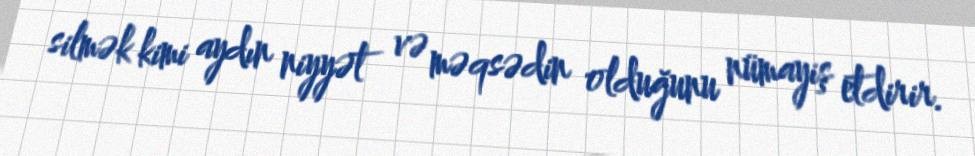
silmək kimi aydın niyyət və məqsədin olduğunu nümayiş etdirir.